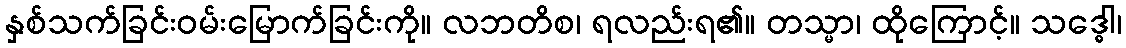
နှစ်သက်ခြင်းဝမ်းမြောက်ခြင်းကို။ လဘတိစ၊ ရလည်းရ၏။ တသ္မာ၊ ထိုကြောင့်။ သဒ္ဓေါ၊